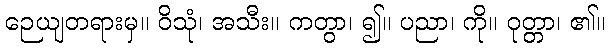
ဉေယျတရားမှ။ ဝိသုံ၊ အသီး။ ကတွာ၊ ၍။ ပညာ၊ ကို။ ဝုတ္တာ၊ ၏။